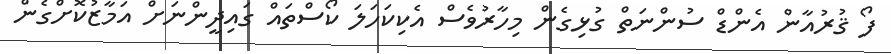
ފޯ ޤުރުއާން އެންޑް ސުންނަތް ގުޅިގެން މިހާރުވެސް އެކިކަހަލަ ކޯސްތައް ގައިދީންނަށް އަމާޒުކޮށްގެން